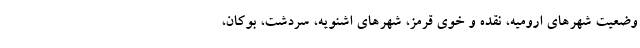
وضعیت شهرهای ارومیه، نقده و خوی قرمز، شهرهای اشنویه، سردشت، بوکان،